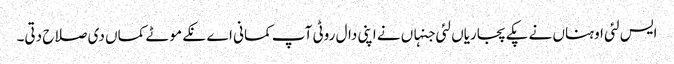
ایس لئی اوہناں نے پکے پجاریاں لئی جنہاں نے اپنی دال روٹی آپ کمانی اے نکے موٹے کماں دی صلاح دتی۔